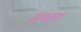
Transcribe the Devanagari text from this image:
सभग